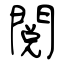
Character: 閲